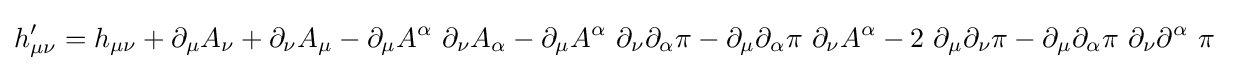
h'_{\mu \nu }=h_{\mu \nu }+\partial _{\mu }A_{\nu }+\partial _{\nu }A_{\mu }-\partial _{\mu }A^{\alpha }\ \partial _{\nu }A_{\alpha }-\partial _{\mu }A^{\alpha }\ \partial _{\nu }\partial _{\alpha }\pi -\partial _{\mu }\partial _{\alpha }\pi \ \partial _{\nu }A^{\alpha }-2\ \partial _{\mu }\partial _{\nu }\pi -\partial _{\mu }\partial _{\alpha }\pi \ \partial _{\nu }\partial ^{\alpha }\ \pi ~